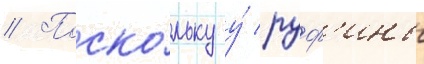
// Поско́льку у́ руф'ины